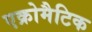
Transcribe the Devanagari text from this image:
एक्रोमैटिक